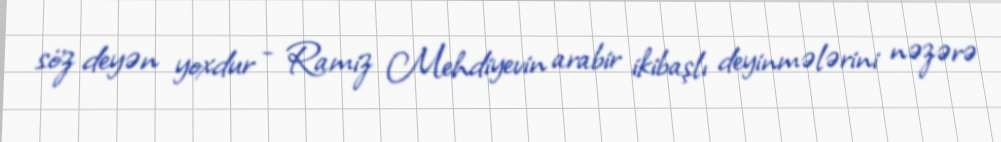
söz deyən yoxdur - Ramiz Mehdiyevin arabir ikibaşlı deyinmələrini nəzərə